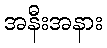
အနီးအနား